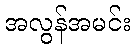
အလွန်အမင်း